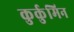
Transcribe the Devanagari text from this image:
कुर्कुमिन